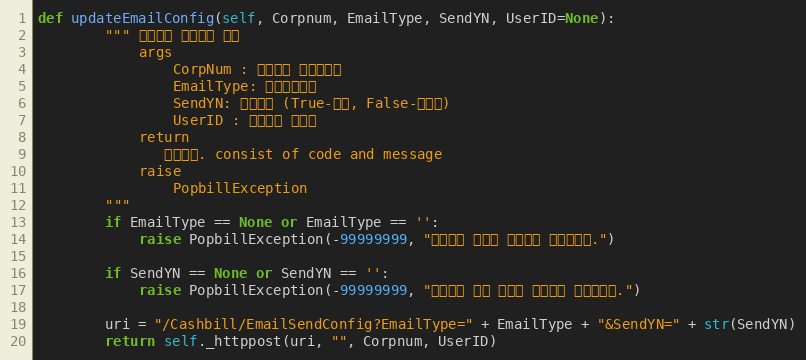
Language: Python
def updateEmailConfig(self, Corpnum, EmailType, SendYN, UserID=None):
        """ 알림메일 전송설정 수정
            args
                CorpNum : 팝빌회원 사업자번호
                EmailType: 메일전송유형
                SendYN: 전송여부 (True-전송, False-미전송)
                UserID : 팝빌회원 아이디
            return
               처리결과. consist of code and message
            raise
                PopbillException
        """
        if EmailType == None or EmailType == '':
            raise PopbillException(-99999999, "메일전송 타입이 입력되지 않았습니다.")

        if SendYN == None or SendYN == '':
            raise PopbillException(-99999999, "메일전송 여부 항목이 입력되지 않았습니다.")

        uri = "/Cashbill/EmailSendConfig?EmailType=" + EmailType + "&SendYN=" + str(SendYN)
        return self._httppost(uri, "", Corpnum, UserID)